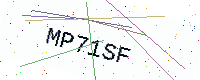
Text: MP71SF